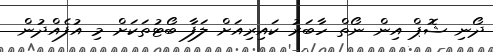
ދޯނި ޝޮޕް އިން ނޯތް ހާބަރު ކައިރިއަށް ލަފާ ބޯޓުތަކަށް މި އުފެއްދުން